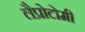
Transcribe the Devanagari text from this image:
लैप्रोटोमी